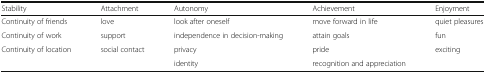
<table><thead><tr><td><b>Stability</b></td><td><b>Attachment</b></td><td><b>Autonomy</b></td><td><b>Achievement</b></td><td><b>Enjoyment</b></td></tr></thead><tbody><tr><td>Continuity of friends</td><td>love</td><td>look after oneself</td><td>move forward in life</td><td>quiet pleasures</td></tr><tr><td>Continuity of work</td><td>support</td><td>independence in decision-making</td><td>attain goals</td><td>fun</td></tr><tr><td>Continuity of location</td><td>social contact</td><td>privacy</td><td>pride</td><td>exciting</td></tr><tr><td></td><td></td><td>identity</td><td>recognition and appreciation</td><td></td></tr></tbody></table>